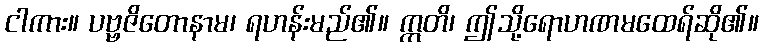
ငါကား။ ပဗ္ဗဇိတောနာမ၊ ရဟန်းမည်၏။ ဣတိ၊ ဤသို့ရောဟဏမထေရ်ဆို၏။